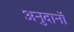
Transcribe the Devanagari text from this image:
अनुदानॉ